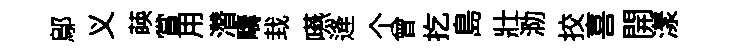
鄔义𦴤賞用濳疇㘽嚥逄个曾扢島壯泐挍喜開漾